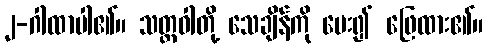
၂-ဂါထာပါ၏။ သတ္တဝါတို့ သေချိန်ကို မေး၍ ဖြေထား၏။